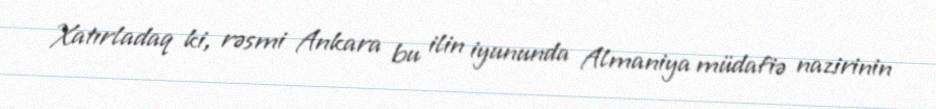
Xatırladaq ki, rəsmi Ankara bu ilin iyununda Almaniya müdafiə nazirinin